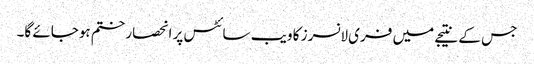
جس کے نتیجے میں فری لانسرز کا ویب سائٹس پر انحصار ختم ہوجائے گا۔